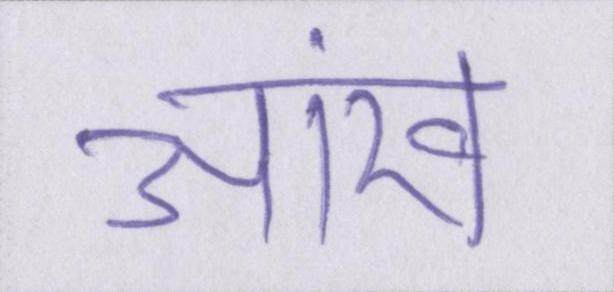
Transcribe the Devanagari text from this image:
आंख